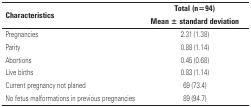
<table><thead><tr><td rowspan="2"><b>Characteristics</b></td><td><b>Total (n=94)</b></td></tr><tr><td><b>Mean ± standard deviation</b></td></tr></thead><tbody><tr><td>Pregnancies</td><td>2.31 (1.38)</td></tr><tr><td>Parity</td><td>0.88 (1.14)</td></tr><tr><td>Abortions</td><td>0.45 (0.68)</td></tr><tr><td>Live births</td><td>0.83 (1.14)</td></tr><tr><td>Current pregnancy not planed</td><td>69 (73.4)</td></tr><tr><td>No fetus malformations in previous pregnancies</td><td>89 (94.7)</td></tr></tbody></table>